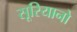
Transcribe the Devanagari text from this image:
सूरियानो